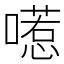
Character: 㘃